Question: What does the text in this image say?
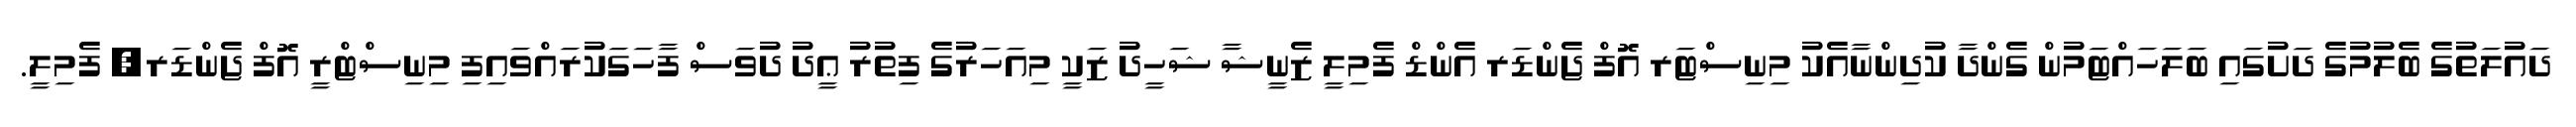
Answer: ދައުލަތުގެ ބެލުމުގެ ދަށުގައި ބަލަހައްޓަމުން ގެންދާ ކުދިންނާއެކު މިނިސްޓަރ އޮފް ޖެންޑަރ އެންޑް ފެމިލީ ޒެނީޝާ ޝަހީދު ޒަކީ މިއަހަރުގެ ފިތުރު ޢީދު ދުވަސް ފާހަގަކުރައްވައިފި މިނިސްޓްރީ އޮފް ޖެންޑަރ, ފެމިލީ.